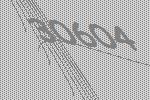
30604